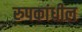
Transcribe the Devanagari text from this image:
रुपकांधील